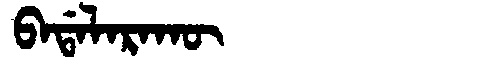
Manchu: ᠪᠠᡩᠠᠯᠠᡵᠠᡴᡡ
Romanization: BADALARAKŪ